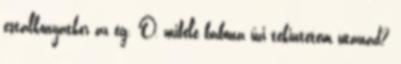
estalkonyatkor az ég. Ó, miféle babona űzi tekintetem utánad?